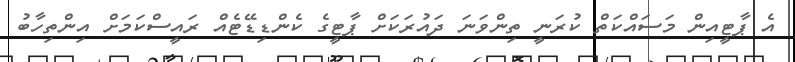
އެ ޕާޓީއިން މަސައްކަތް ކުރަނީ ތިންވަނަ ދައުރަކަށް ޕާޓީގެ ކެންޑިޑޭޓެއް ރައީސްކަމަށް އިންތިހާބު